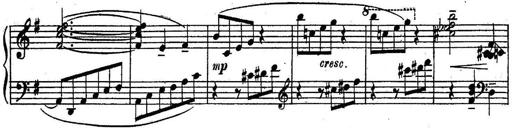
Title: Sonatine
Composer: Adrian Shaposhnikov
Key: E minor